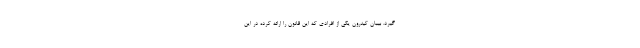
گیرد. بیبان کیدرون یکی از افرادی که این قانون را ارائه کرده در این